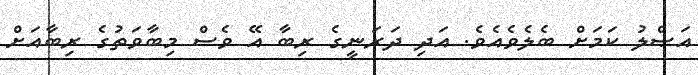
އަޞްލު ކަމަށް ބެލެވެއެވެ. އަދި ދަރަނީގެ ރިބާ އޭ ވެސް މިބާވަތުގެ ރިބާއަށް